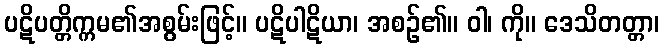
ပဋိပတ္တိက္ကမ၏အစွမ်းဖြင့်။ ပဋိပါဋိယာ၊ အစဉ်၏။ ဝါ၊ ကို။ ဒေသိတတ္တာ၊